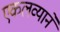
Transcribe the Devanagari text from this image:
एकलव्याने